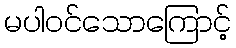
မပါဝင်သောကြောင့်